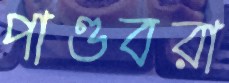
পাণ্ডবরা